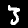
Label: 3